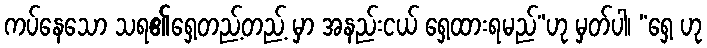
ကပ်နေသော သရ၏ရှေ့တည့်တည့် မှာ အနည်းငယ် ရှေ့ထားရမည်”ဟု မှတ်ပါ၊ “ရှေ့ ဟု